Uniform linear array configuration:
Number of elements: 48
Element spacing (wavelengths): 1
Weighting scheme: cosine
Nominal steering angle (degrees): -30
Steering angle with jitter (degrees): -31.197
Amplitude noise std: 0.05
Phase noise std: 0.05

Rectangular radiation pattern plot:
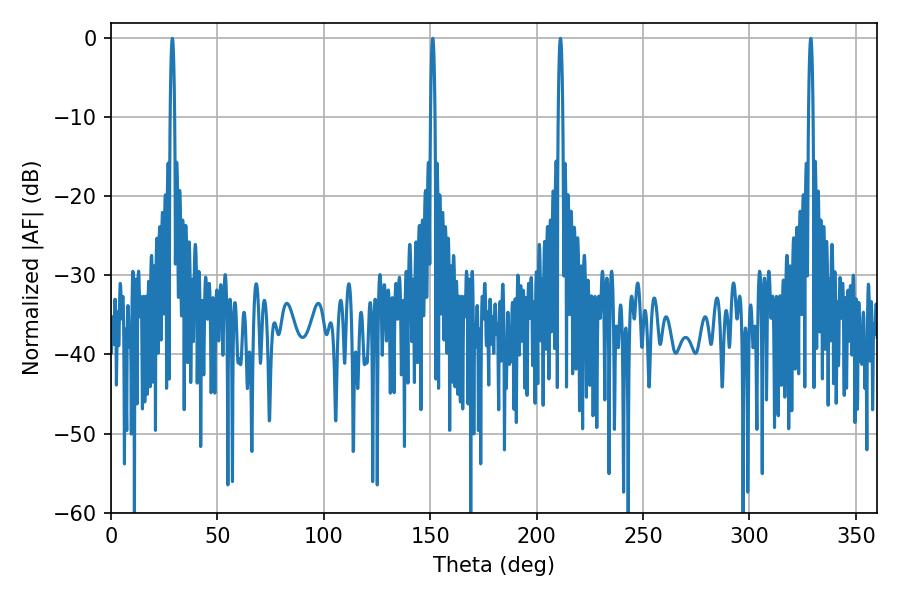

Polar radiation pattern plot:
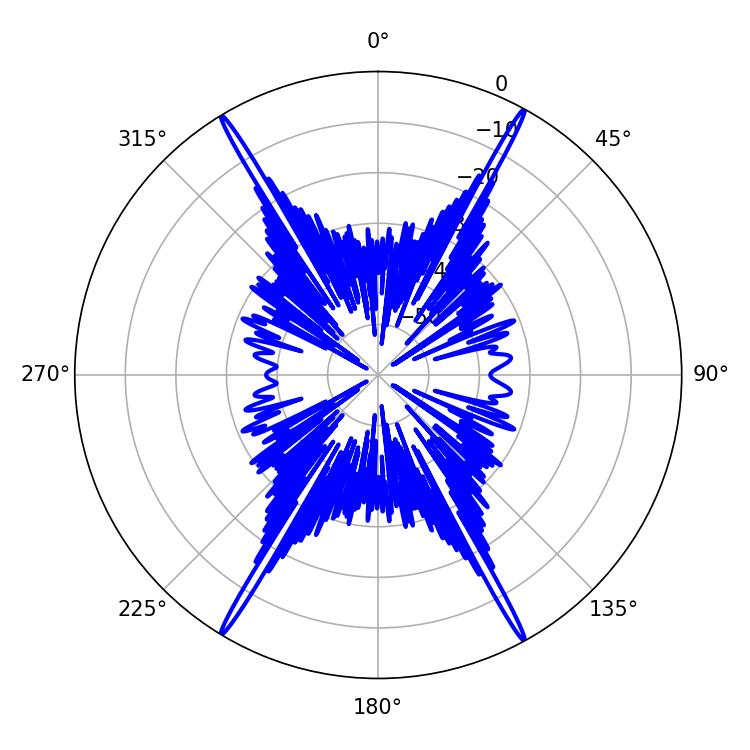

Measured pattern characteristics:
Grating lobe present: TRUE
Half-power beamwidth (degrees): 1.08
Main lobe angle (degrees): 28.8